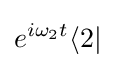
e^{i\omega _{2}t}\langle 2|